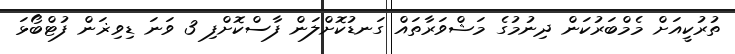
ތުރުކީއަށް މެމްބަރުކަން ދިނުމުގެ މަޝްވަރާތައް ގަނޑުކޮށްލަން ފާސްކޮށްފި 3 ވަނަ ޑިވިޜަން ފުޓްބޯޅަ